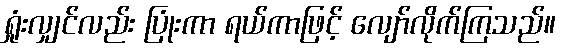
ရှုံးလျှင်လည်း ပြုံးကာ ရယ်ကာဖြင့် လျော်လိုက်ကြသည်။